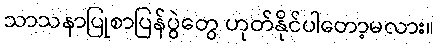
သာသနာပြုစာပြန်ပွဲတွေ ဟုတ်နိုင်ပါတော့မလား။